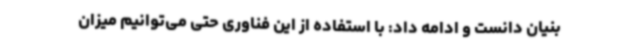
بنیان دانست و ادامه داد: با استفاده از این فناوری حتی می‌توانیم میزان